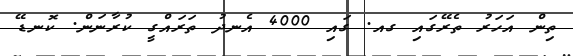
ތިން އަހަރު ތެރޭގައި ގއ. ގައި 4000 އެނދު ތަރައްގީ ކުރާނަން. ކޮނޑޭ